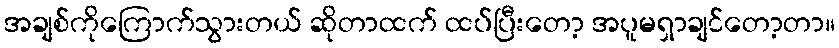
အချစ်ကိုကြောက်သွားတယ် ဆိုတာထက် ထပ်ပြီးတော့ အပူမရှာချင်တော့တာ။